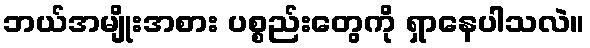
ဘယ်အမျိုးအစား ပစ္စည်းတွေကို ရှာနေပါသလဲ။